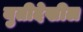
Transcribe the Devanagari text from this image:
युतीदेखील